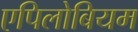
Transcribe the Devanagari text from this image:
एपिलोबियम